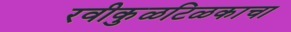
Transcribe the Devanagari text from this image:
रवीकुळटिळकाचा